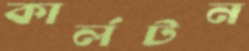
কার্লটন